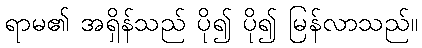
ရာမ၏ အရှိန်သည် ပို၍ ပို၍ မြန်လာသည်။